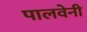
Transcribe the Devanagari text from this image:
पालवेनी